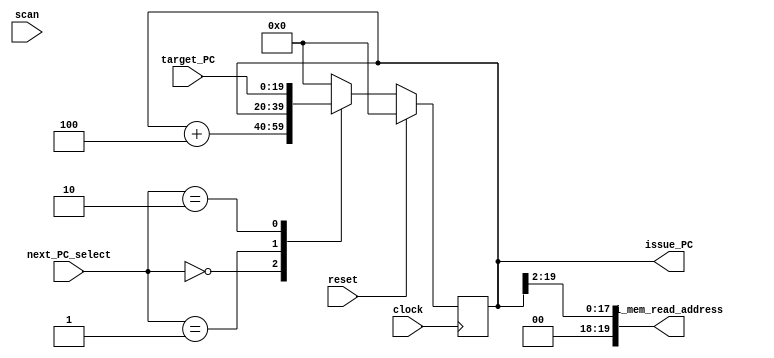
/** @module : fetch_issue
 *  @author : Adaptive & Secure Computing Systems (ASCS) Laboratory

 *  Copyright (c) 2019 BRISC-V (ASCS/ECE/BU)
 *  Permission is hereby granted, free of charge, to any person obtaining a copy
 *  of this software and associated documentation files (the "Software"), to deal
 *  in the Software without restriction, including without limitation the rights
 *  to use, copy, modify, merge, publish, distribute, sublicense, and/or sell
 *  copies of the Software, and to permit persons to whom the Software is
 *  furnished to do so, subject to the following conditions:
 *  The above copyright notice and this permission notice shall be included in
 *  all copies or substantial portions of the Software.

 *  THE SOFTWARE IS PROVIDED "AS IS", WITHOUT WARRANTY OF ANY KIND, EXPRESS OR
 *  IMPLIED, INCLUDING BUT NOT LIMITED TO THE WARRANTIES OF MERCHANTABILITY,
 *  FITNESS FOR A PARTICULAR PURPOSE AND NONINFRINGEMENT. IN NO EVENT SHALL THE
 *  AUTHORS OR COPYRIGHT HOLDERS BE LIABLE FOR ANY CLAIM, DAMAGES OR OTHER
 *  LIABILITY, WHETHER IN AN ACTION OF CONTRACT, TORT OR OTHERWISE, ARISING FROM,
 *  OUT OF OR IN CONNECTION WITH THE SOFTWARE OR THE USE OR OTHER DEALINGS IN
 *  THE SOFTWARE.
 */

module fetch_issue #(
  parameter CORE            =    0,
  parameter ADDRESS_BITS    =   20,
  parameter SCAN_CYCLES_MIN =    1,
  parameter SCAN_CYCLES_MAX = 1000
) (
  input  clock,
  input  reset,
  // Control signals
  input  [1:0] next_PC_select,
  input  [ADDRESS_BITS-1:0] target_PC,
  // Interface to fetch receive
  output [ADDRESS_BITS-1:0] issue_PC,
  // instruction cache interface
  output [ADDRESS_BITS-1:0] i_mem_read_address,
  // Scan signal
  input scan
);

reg [ADDRESS_BITS-1:0] PC_reg;

// Assign Outputs
assign issue_PC           = PC_reg;
assign i_mem_read_address = PC_reg >> 2;


always @(posedge clock)begin
  if(reset)begin
    PC_reg      <= {ADDRESS_BITS{1'b0}};
  end
  else begin
    case(next_PC_select)
      2'b00  : PC_reg <= PC_reg + 4;
      2'b01  : PC_reg <= PC_reg;
      2'b10  : PC_reg <= target_PC;
      default: PC_reg <= {ADDRESS_BITS{1'b0}};
    endcase
  end
end

endmodule

/**** next_PC_select encoding ****
* 2'b00: Increment PC (PC = PC  +  4 )
* 2'b01: Stall        (PC =   PC     )
* 2'b10: Jump/branch  (PC = target_PC)
*************************************/